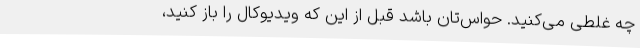
چه غلطی می‌کنید. حواس‌تان باشد قبل از این که ویدیوکال را باز کنید،